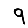
Digit: 9